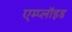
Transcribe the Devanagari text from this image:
एम्प्लॉइड